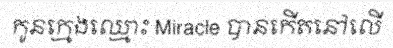
កូនក្មេងឈ្មោះ Miracle បានកើតនៅលើ